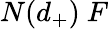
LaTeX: N(d_{+})~F